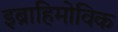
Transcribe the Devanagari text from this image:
इब्राहिमोविक